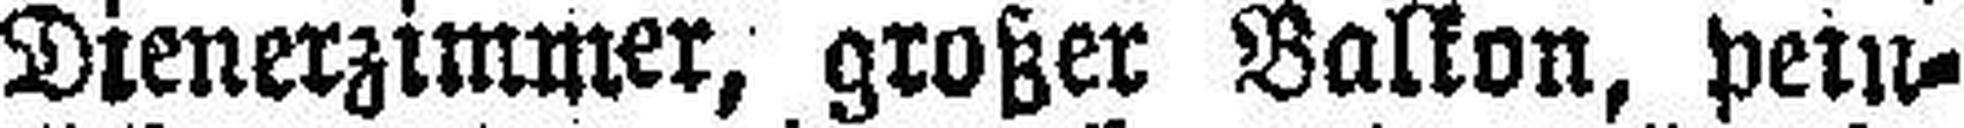
Dienerzimmer, großer Balkon, pein¬